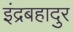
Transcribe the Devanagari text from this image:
इंद्रबहादुर